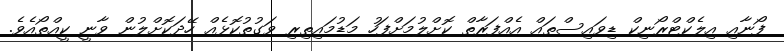
ފޯނާއި އިލެކްޓްރޯނިކް ޑިވައިސްތައް އެއްފަރާތް ކޮށްލުމަށްފަހު މަޑުމައިތިރި ވަގުތުކޮޅެއް ހޭދަކޮށްލުން ވާނީ ކީއްތޯއެވެ.